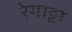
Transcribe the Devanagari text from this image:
रेगाट्टा